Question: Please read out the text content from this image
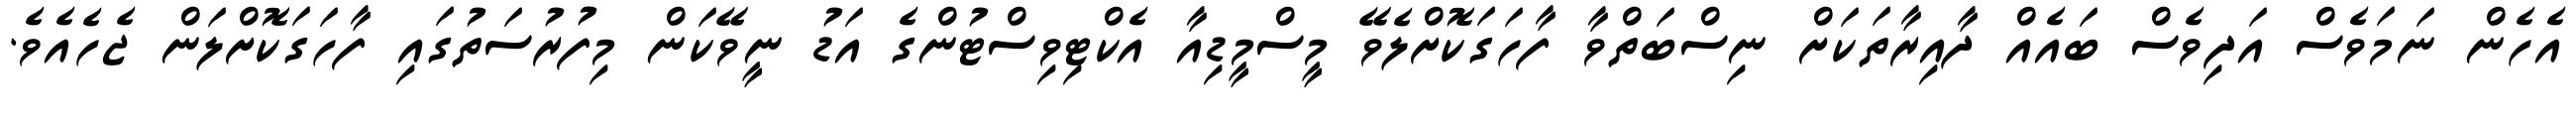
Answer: އެހެން ނަމަވެސް އަދިވެސް ބައެއް ދާއިރާތަކަށް ނިސްބަތްވާ ފާހަގަކޮށްލެވޭ މީސްމީޑިއާ އެކްޓިވިސްޓުންގެ އަޑު ނީވޭކަން މިފުރުސަތުގައި ފާހަގަކޮށްލަން ޖެހެއެވެ.